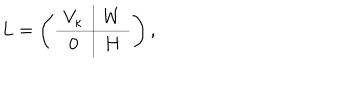
LaTeX: L = \left( \begin{array} { c | c } { { V _ { \kappa } } } & { { W } } \\ \hline { { 0 } } & { { H } } \\ \end{array} \right) ,